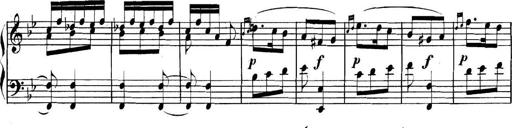
Title: Collected Piano Sonatas
Composer: Muzio Clementi